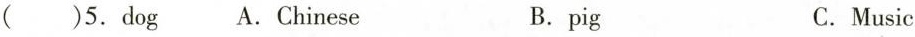
( )5. dog A.Chinese B.pig C.Music